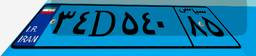
۴۴D۲۰۱۲۶